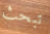
تبحث